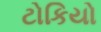
ટોકિયો